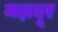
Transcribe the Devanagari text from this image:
मझदूर